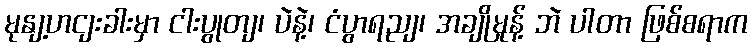
မုနျ့ဟငျးခါးမှာ ငါးပွုတျ၊ ပဲနဲ့၊ ငံပွာရညျ၊ အချိုမှုန့် ဘဲ ပါတာ ဖြစ်စရာက